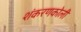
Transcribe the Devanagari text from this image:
शंकरणकोली